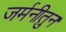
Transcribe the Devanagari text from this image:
जर्मनीतुन